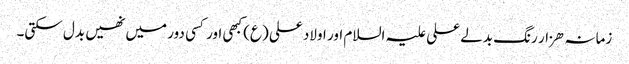
زمانہ ھزار رنگ بدلے علی علیہ السلام اور اولاد علی (ع) کبھی اور کسی دور میں نھیں بدل سکتی۔